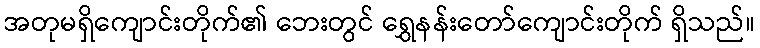
အတုမရှိကျောင်းတိုက်၏ ဘေးတွင် ရွှေနန်းတော်ကျောင်းတိုက် ရှိသည်။